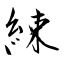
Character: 綀